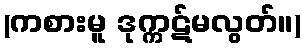
(ကစားမူ ဒုက္ကဋ်မလွတ်။)